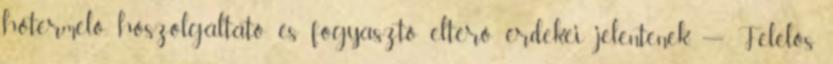
hôtermelô, hôszolgáltató és fogyasztó eltérô érdekei jelentenek. — Felelôs